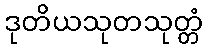
ဒုတိယသုတသုတ္တံ